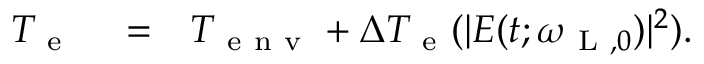
\begin{array} { r l r } { T _ { \mathrm { ~ e ~ } } } & { { } = } & { T _ { \mathrm { ~ e ~ n ~ v ~ } } + \Delta T _ { \mathrm { ~ e ~ } } ( | E ( t ; \omega _ { \mathrm { ~ L ~ } , 0 } ) | ^ { 2 } ) . } \end{array}